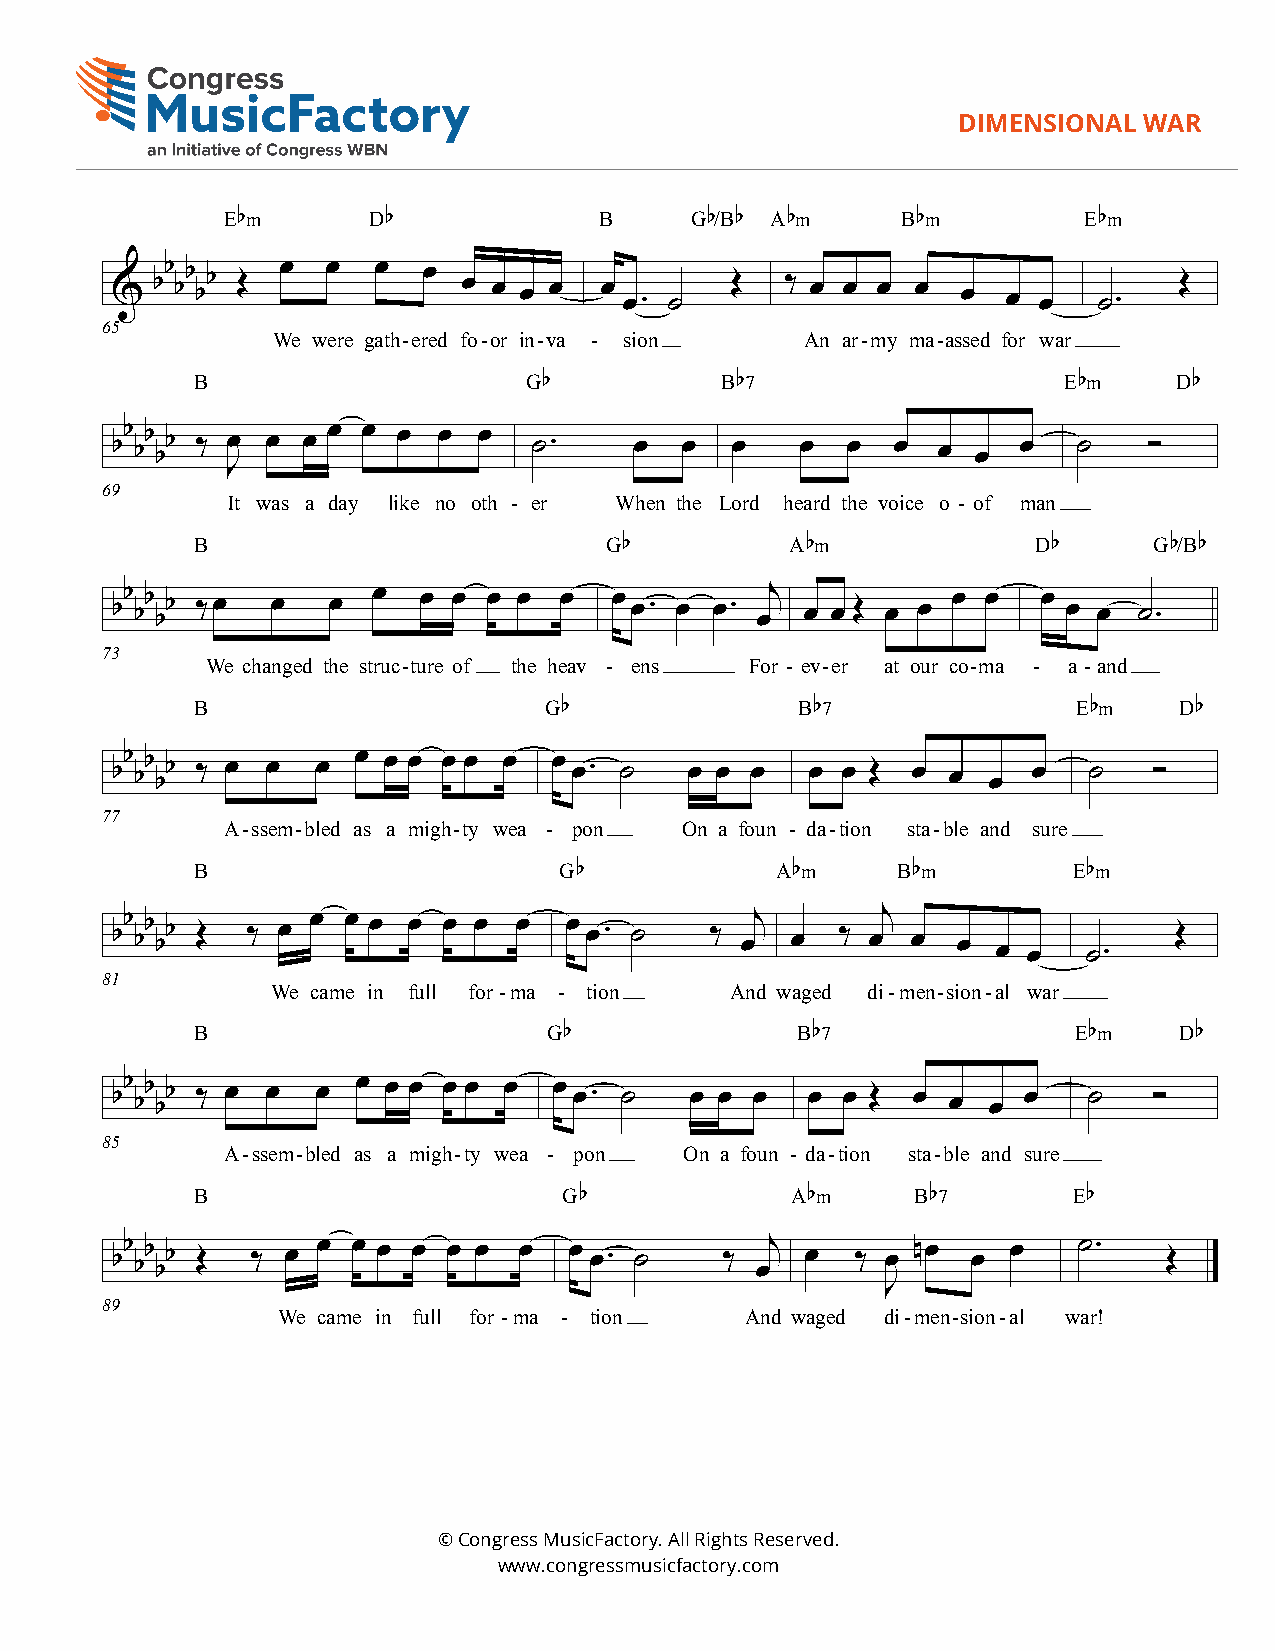
DIMENSIONAL  WAR
 3
 E bm     D b             B     G b/B b A bm  B bm        E bm
 & bb bb bb Œ œ œ œ  œ  œ œ œ œ  œ œ. ˙  Œ   ‰ œ œ œ  œ  œ  œ œ   ˙.   Œ
 65
 We were gath-ered fo-or in-va - sion An ar-my ma-assed for war
 B                     G b          B b7                  E bm    D b
 bb bb bb ‰ œ œ œ œ œ œ œ œ ˙.     œ  œ  œ    œ  œ  œ  œ  œ  œ  ˙    Ó
 J
 69
 It was a day like no oth - er When the Lord heard the voice o - of man
 B                          G b         A bm            D b     G b/B b
 bb bb bb ‰œ œ œ  œ  œ œ œ œ  œ   œ œ. œ œ. œj œ œ Œ œ œ œ œ  œ œ œ ˙.
 73
 We changed the struc-ture of the heav - ens For - ev-er at our co-ma - a-and
 B                      G b              B b7              E bm   D b
 bb bb bb ‰ œ œ œ œ œ œ œ œ œ œ œ. ˙   œ œ œ   œ œ Œ œ  œ œ  œ   ˙   Ó
 77
 A-ssem-bled as a migh-ty wea - pon On a foun - da-tion sta-ble and sure
 B                       G b           A bm    B bm        E bm
 bb bb bb Œ ‰ œ œ œ œ œ œ œ œ œ œ. ˙    ‰ œj œ   ‰ œj œ œ  œ œ   ˙.    Œ
 81
 We came in full for -ma - tion And waged di-men-sion-al war
 B                      G b              B b7              E bm   D b
 bb bb bb ‰ œ œ œ œ œ œ œ œ œ œ œ. ˙   œ œ œ   œ œ Œ œ  œ œ  œ   ˙   Ó
 85
 A-ssem-bled as a migh-ty wea - pon On a foun - da-tion sta-ble and sure
 B                       G b            A bm     B b7      E b
 bb bb bb Œ ‰ œ œ œ œ œ œ œ œ  œ œ. ˙    ‰ œj œ   ‰ œ nœ œ  œ   ˙.    Œ
 J
 89
 We came in full for -ma - tion And waged di-men-sion-al war!
 © Congress MusicFactory. All Rights Reserved.
 www.congressmusicfactory.com